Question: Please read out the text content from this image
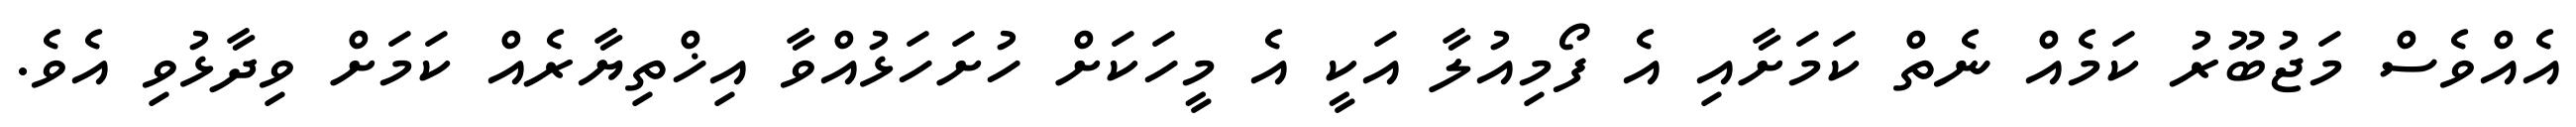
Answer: އެއްވެސް މަޖުބޫރު ކަމެއް ނެތް ކަމަށާއި އެ ފޯމިއުލާ އަކީ އެ މީހަކަށް ހުށަހަޅުއްވާ އިޚްތިޔާރެއް ކަމަށް ވިދާޅުވި އެވެ.